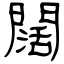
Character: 闊